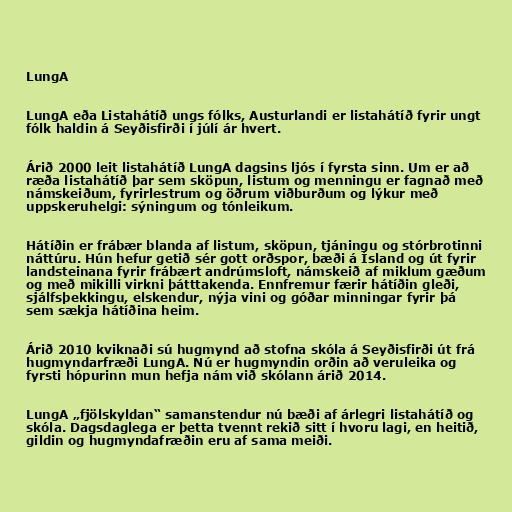
LungA

LungA eða Listahátíð ungs fólks, Austurlandi er listahátíð fyrir ungt
fólk haldin á Seyðisfirði í júlí ár hvert.

Árið 2000 leit listahátíð LungA dagsins ljós í fyrsta sinn. Um er að
ræða listahátíð þar sem sköpun, listum og menningu er fagnað með
námskeiðum, fyrirlestrum og öðrum viðburðum og lýkur með
uppskeruhelgi: sýningum og tónleikum.

Hátíðin er frábær blanda af listum, sköpun, tjáningu og stórbrotinni
náttúru. Hún hefur getið sér gott orðspor, bæði á Ísland og út fyrir
landsteinana fyrir frábært andrúmsloft, námskeið af miklum gæðum
og með mikilli virkni þátttakenda. Ennfremur færir hátíðin gleði,
sjálfsþekkingu, elskendur, nýja vini og góðar minningar fyrir þá
sem sækja hátíðina heim.

Árið 2010 kviknaði sú hugmynd að stofna skóla á Seyðisfirði út frá
hugmyndarfræði LungA. Nú er hugmyndin orðin að veruleika og
fyrsti hópurinn mun hefja nám við skólann árið 2014.

LungA „fjölskyldan“ samanstendur nú bæði af árlegri listahátíð og
skóla. Dagsdaglega er þetta tvennt rekið sitt í hvoru lagi, en heitið,
gildin og hugmyndafræðin eru af sama meiði.